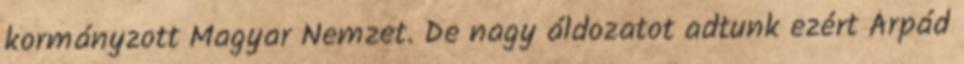
kormányzott Magyar Nemzet. De nagy áldozatot adtunk ezért Árpád